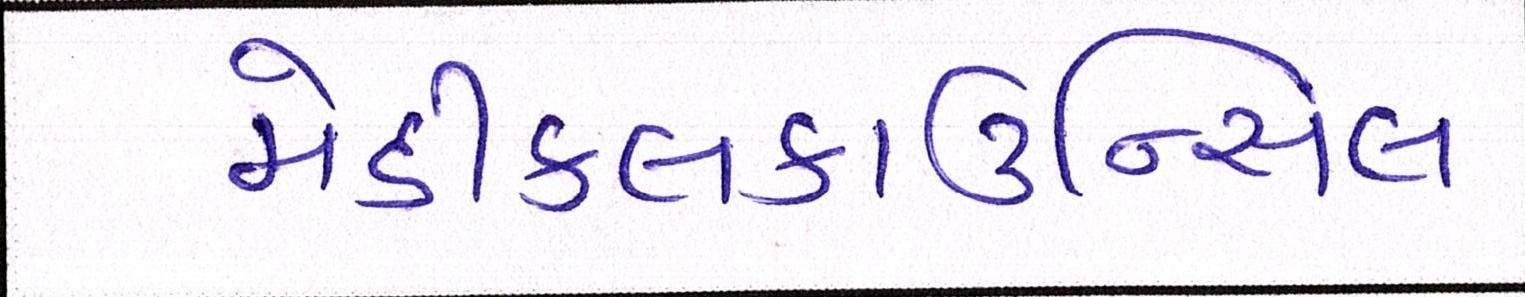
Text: મેડીકલકાઉન્સિલ